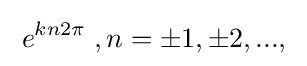
\;e^{kn2\pi }\;,n=\pm 1,\pm 2,...,\;